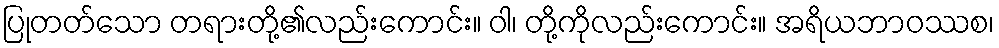
ပြုတတ်သော တရားတို့၏လည်းကောင်း။ ဝါ၊ တို့ကိုလည်းကောင်း။ အရိယဘာဝဿစ၊